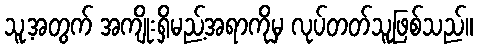
သူ့အတွက် အကျိုးရှိမည့်အရာကိုမှ လုပ်တတ်သူဖြစ်သည်။